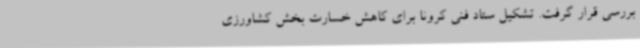
بررسی قرار گرفت. تشکیل ستاد فنی کرونا برای کاهش خسارت بخش کشاورزی